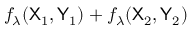
f _ { \lambda } ( { \sf X } _ { 1 } , { \sf Y } _ { 1 } ) + f _ { \lambda } ( { \sf X } _ { 2 } , { \sf Y } _ { 2 } )